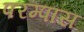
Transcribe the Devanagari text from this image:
परम्पास